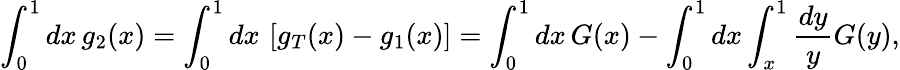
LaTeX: \int_{0}^{1}dx\, g_{2}(x)=\int_{0}^{1}dx\, \left[g_{T}(x)-g_{1}(x)\right]=\int_{0}^{1}dx\, G(x)-\int_{0}^{1}dx\int_{x}^{1}\frac{dy}{y}G(y),